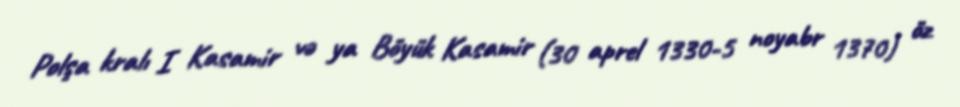
Polşa kralı I Kasamir və ya Böyük Kasamir (30 aprel 1330-5 noyabr 1370) öz